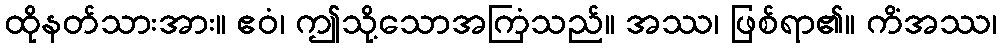
ထိုနတ်သားအား။ ဧဝံ၊ ဤသို့သောအကြံသည်။ အဿ၊ ဖြစ်ရာ၏။ ကိံအဿ၊